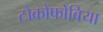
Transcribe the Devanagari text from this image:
टोकोफोबिया